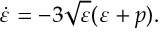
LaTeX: \dot { \varepsilon } = - 3 \sqrt { \varepsilon } ( \varepsilon + p ) .